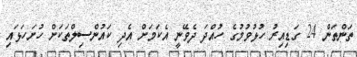
ތަންތަން 24 ގަޑިއިރު ހުޅުވުމުގެ ހުއްދަ ދެވޭނީ އެކަމަށް އެދި ކައުންސިލްތަކަށް ހުށަހަޅައި